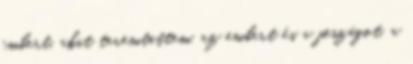
embert, akit teremtettem, az embert és a jószágot, a